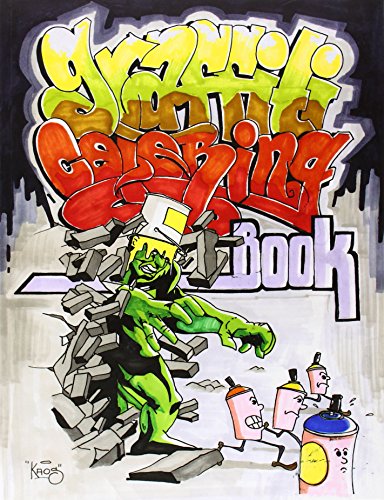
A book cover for Graffiti Coloring Book; Arts & Photography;